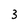
Character: 3